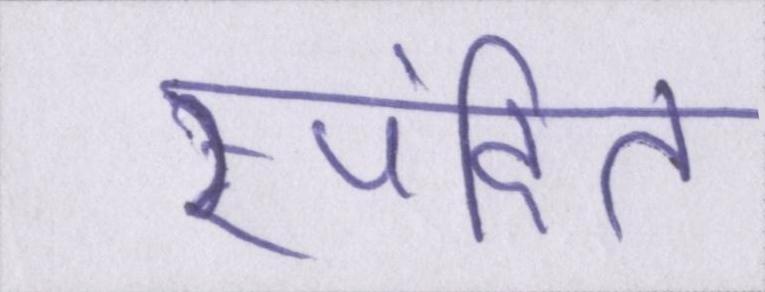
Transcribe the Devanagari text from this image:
स्पंदित